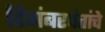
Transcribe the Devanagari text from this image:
दिगंबरपंतांचे